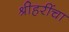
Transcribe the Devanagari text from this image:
श्रीहरींचा